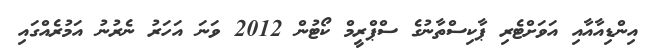
އިންޑިއާއާއި އަވަށްޓެރި ޕާކިސްތާނުގެ ސްޕްރީމް ކޯޓުން 2012 ވަނަ އަހަރު ނެރުނު އަމުރެއްގައި